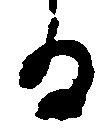
る